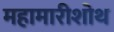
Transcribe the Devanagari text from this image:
महामारीशोथ